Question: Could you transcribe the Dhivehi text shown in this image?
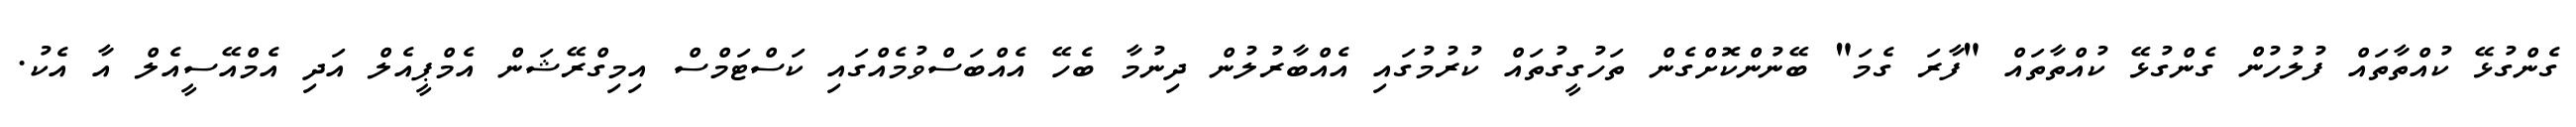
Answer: ގެންގުޅޭ ކުއްތާތައް ފުލުހުން ގެންގުޅޭ ކުއްތާތައް "ފާރަ ގެމަ" ބޭނުންކޮށްގެން ތަހުގީގުތައް ކުރުމުގައި އެއްބާރުލުން ދިނުމާ ބެހޭ އެއްބަސްވުމެއްގައި ކަސްޓަމްސް އިމިގްރޭޝަން އެމްޕީއެލް އަދި އެމްއޭސީއެލް އާ އެކު.